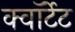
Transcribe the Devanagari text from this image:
क्वॉर्टेट